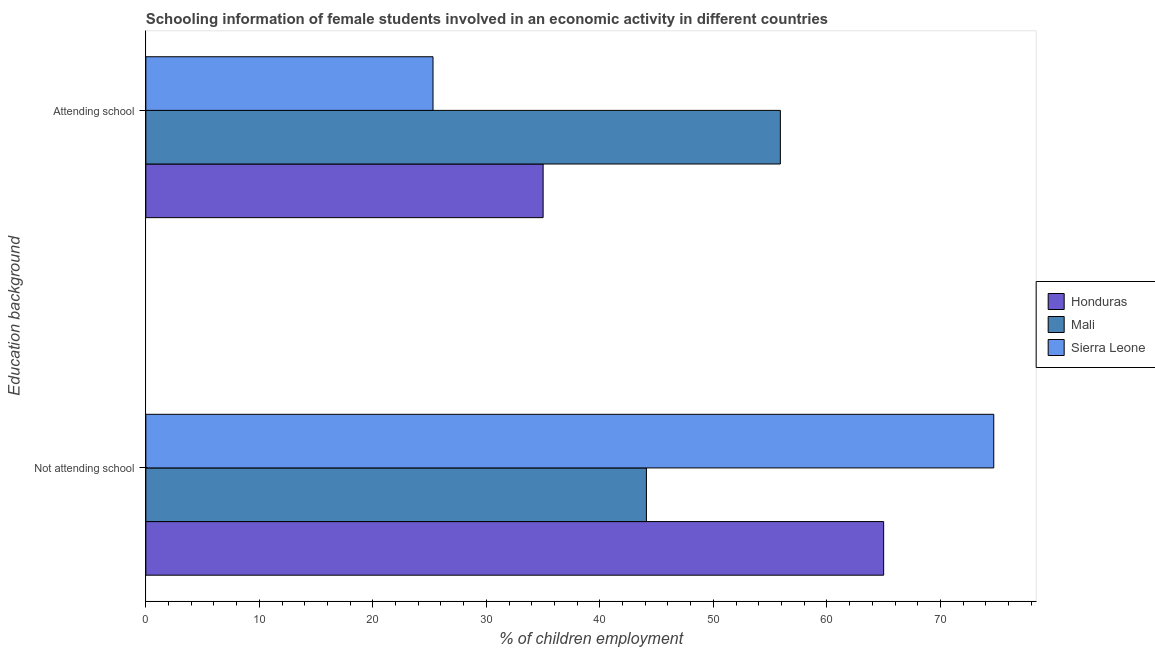
| Education background | Honduras | Mali | Sierra Leone |
 | --- | --- | --- | --- |
 | Not attending school | 65 | 44.1 | 74.7 |
 | Attending school | 35 | 55.9 | 25.3 |